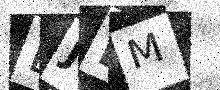
Text: EJKM